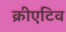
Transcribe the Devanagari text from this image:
क्रीएटिव